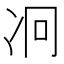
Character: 𠖷